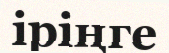
іріңге